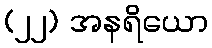
(၂၂) အနရိယော